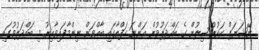
ނޭޝަނަލް ކައުންސިލުން ގެ ބައްދަލުވުން އަންނަ ހަފްތާގައި ބާއްވަން ނިންމާފައިވާއިރު މި ބައްދަލުވުގައި